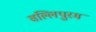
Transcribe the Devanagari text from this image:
वल्लिपुरम